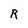
Character: R